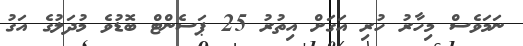
ނަމަވެސް މިހާރު ހުރި އަގަށް އިތުރު 25 ޕަސެންޓް ބޮޑުވެ މުދަލުގެ އަގު